Document type: Sale
Year: 1290
Scribe: Miquel Rotllan
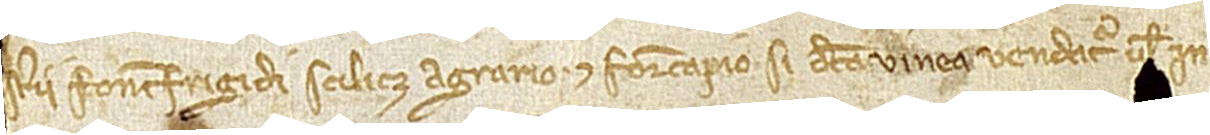
sterii Fontisfrigidi, scilicet, agrario et foriscapio si dicta vinea vendatur vel in-